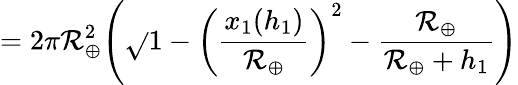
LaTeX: =2\pi{\mathcal{R}_{\oplus}^{2}}{\left({{\sqrt{}{{1-{\left({\frac{{x_{1}({h_{1}})}}{{\mathcal{R}_{\oplus}}}}\right)^{2}}}}}-{\frac{{\mathcal{R}_{\oplus}}}{{\mathcal{R}_{\oplus}+{h_{1}}}}}}\right)}